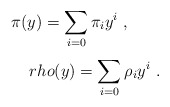
\begin{align*}\pi (y) = \sum \limits _{i=0}^{} {\pi}_i y^i\ , \ \ \ \ \ \ \\rho (y) = \sum \limits _{i=0}^{} {\rho}_i y^i\ .\end{align*}